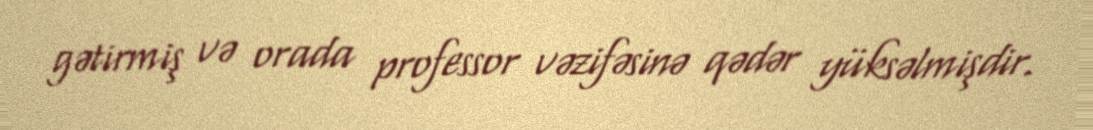
gətirmiş və orada professor vəzifəsinə qədər yüksəlmişdir.